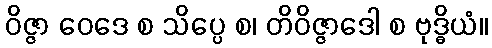
ဝိဇ္ဇာ ဝေဒေ စ သိပ္ပေ စ၊ တိဝိဇ္ဇာဒေါ စ ဗုဒ္ဓိယံ။